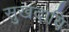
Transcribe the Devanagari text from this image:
सुखदायि